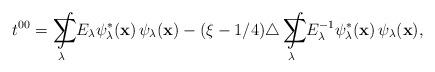
LaTeX: \begin{align*} t^{00}=\sum\hspace{-1.4em}\int\limits_{\lambda}E_\lambda\psi^*_\lambda(\textbf{x})\,\psi_\lambda(\textbf{x})-(\xi-1/4)\triangle \sum\hspace{-1.4em}\int\limits_{\lambda}E^{-1}_\lambda\psi^*_\lambda(\textbf{x})\,\psi_\lambda(\textbf{x}),\end{align*}